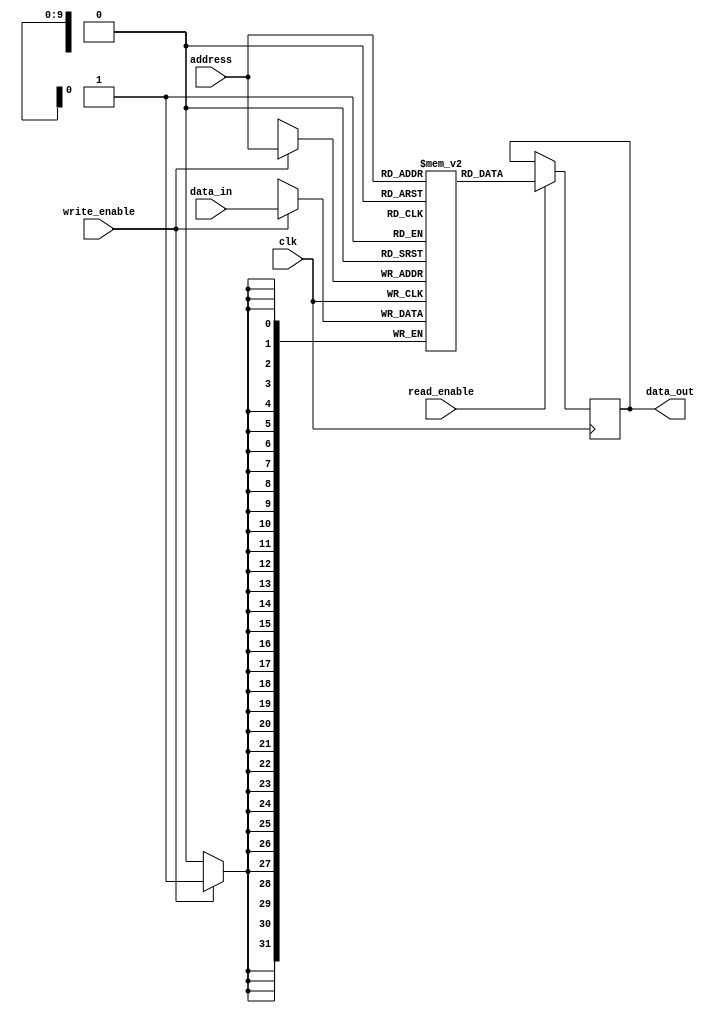
module MemoryBlock(
    input wire clk,
    input wire [31:0] data_in,
    input wire [9:0] address,
    input wire write_enable,
    input wire read_enable,
    output reg [31:0] data_out
);

reg [31:0] memory [0:1023];

always @(posedge clk) begin
    if(write_enable) begin
        memory[address] <= data_in;
    end

    if(read_enable) begin
        data_out <= memory[address];
    end
end

endmodule